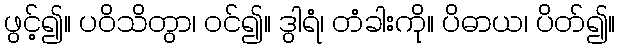
ဖွင့်၍။ ပဝိသိတွာ၊ ဝင်၍။ ဒွါရံ၊ တံခါးကို။ ပိဓာယ၊ ပိတ်၍။